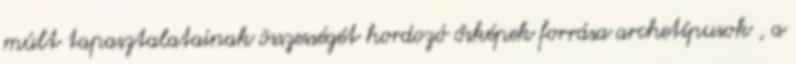
múlt tapasztalatainak összességét hordozó ősképek forrása archetípusok , a